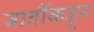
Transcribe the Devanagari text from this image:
जातींकडून